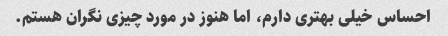
احساس خیلی بهتری دارم، اما هنوز در مورد چیزی نگران هستم.